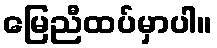
မြေညီထပ်မှာပါ။